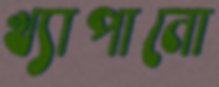
খ্যাপানো